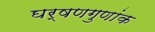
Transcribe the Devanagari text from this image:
घर्षणगुणांक